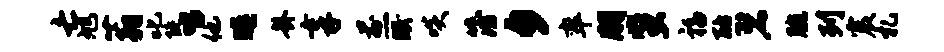
亡旭蓊叱陡唱他暝卦享煎眠啖簿夕率朋蜚福酪碧腕列震札